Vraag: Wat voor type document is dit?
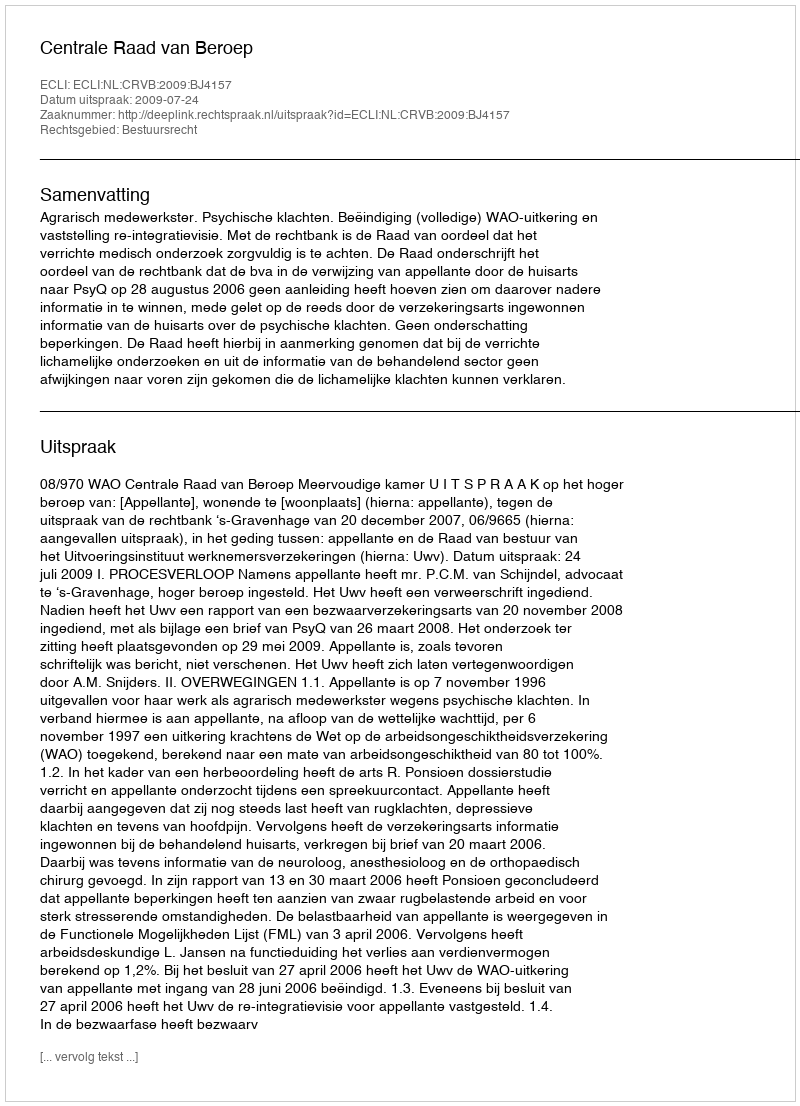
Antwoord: Uitspraak